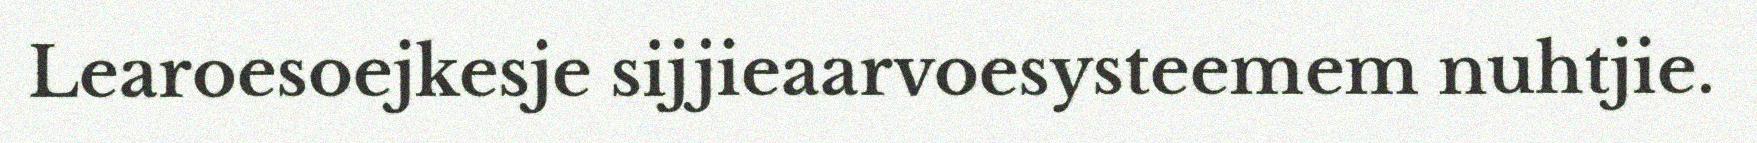
Learoesoejkesje sijjieaarvoesysteemem nuhtjie.